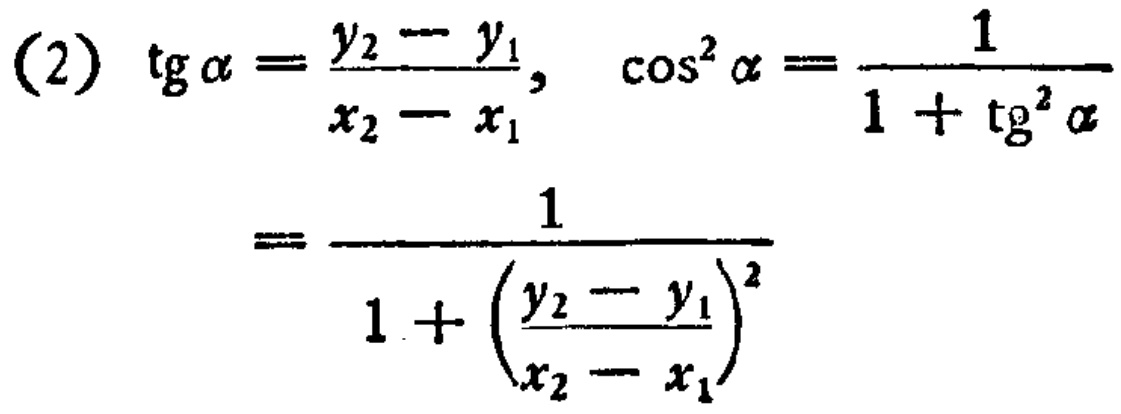
(2) \(\mathrm{tg}\alpha=\frac{y_{2}-y_{1}}{x_{2}-x_{1}}, \quad \cos^{2}\alpha=\frac{1}{1 + \mathrm{tg}^{2}\alpha}\)
\(=\frac{1}{1+\left(\frac{y_{2}-y_{1}}{x_{2}-x_{1}}\right)^{2}}\)